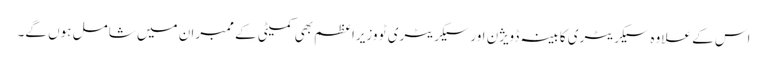
اس کے علاوہ سیکریٹری کابینہ ڈویژن اور سیکریٹری ٹو وزیراعظم بھی کمیٹی کے ممبران میں شامل ہوں گے۔